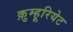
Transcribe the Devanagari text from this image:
क़ुम्हूरियेट